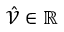
\hat { \mathcal { V } } \in \mathbb { R }